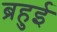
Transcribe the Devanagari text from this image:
ब्रहुई